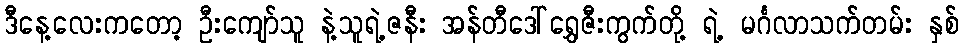
ဒီနေ့လေးကတော့ ဦးကျော်သူ နဲ့သူရဲ့ဇနီး အန်တီဒေါ်ရွှေဇီးကွက်တို့ ရဲ့ မင်္ဂလာသက်တမ်း နှစ်